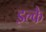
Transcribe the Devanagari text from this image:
इल्के